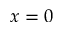
x = 0